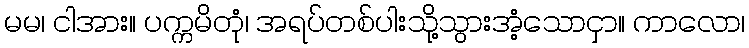
မမ၊ ငါအား။ ပက္ကမိတုံ၊ အရပ်တစ်ပါးသို့သွားအံ့သောငှာ။ ကာလော၊